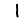
Digit: 1